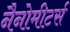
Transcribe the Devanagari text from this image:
नैनोमीटर्स